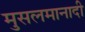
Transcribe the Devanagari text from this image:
मुसलमानादी